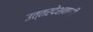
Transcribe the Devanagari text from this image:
उत्तरदेशवासी